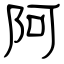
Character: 阿